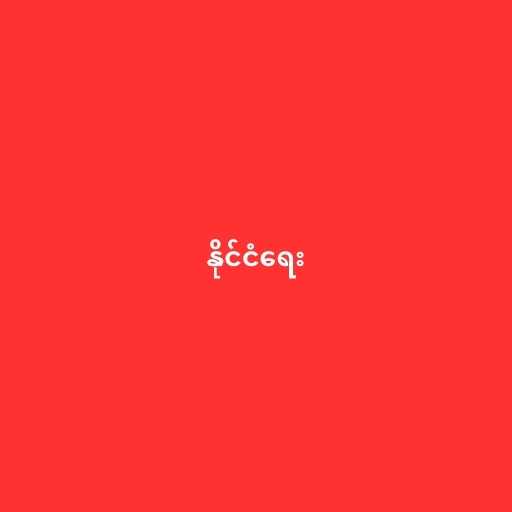
နိုင်ငံရေး